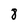
Character: 8